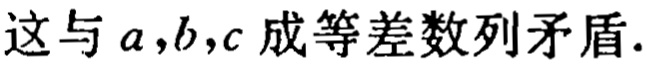
这与\(a,b,c\)成等差数列矛盾.